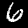
Digit: 6